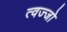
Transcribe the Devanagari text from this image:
त्वज्जो